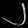
Digit: ၂